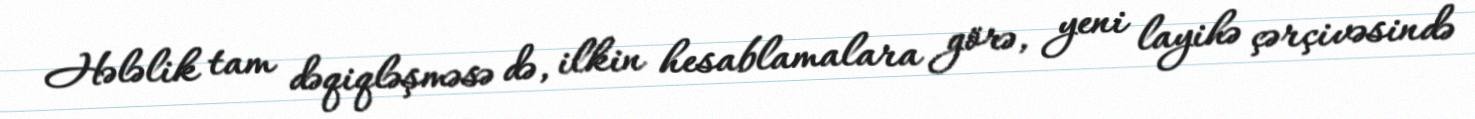
Hələlik tam dəqiqləşməsə də, ilkin hesablamalara görə, yeni layihə çərçivəsində